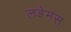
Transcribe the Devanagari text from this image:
लडेमंस